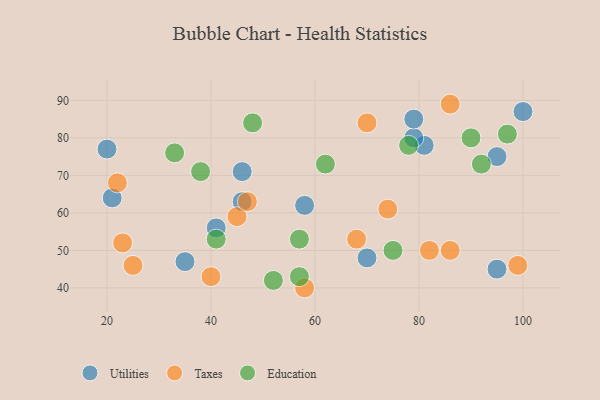
{"axis": {"x": "GDP", "y": "Life Expectancy"}, "legend": ["Education", "Taxes", "Utilities"], "data": [{"x": "58", "y": 62, "type": "Utilities"}, {"x": "20", "y": 77, "type": "Utilities"}, {"x": "95", "y": 45, "type": "Utilities"}, {"x": "46", "y": 71, "type": "Utilities"}, {"x": "46", "y": 63, "type": "Utilities"}, {"x": "70", "y": 48, "type": "Utilities"}, {"x": "41", "y": 56, "type": "Utilities"}, {"x": "21", "y": 64, "type": "Utilities"}, {"x": "81", "y": 78, "type": "Utilities"}, {"x": "79", "y": 80, "type": "Utilities"}, {"x": "95", "y": 75, "type": "Utilities"}, {"x": "35", "y": 47, "type": "Utilities"}, {"x": "79", "y": 85, "type": "Utilities"}, {"x": "100", "y": 87, "type": "Utilities"}, {"x": "86", "y": 50, "type": "Taxes"}, {"x": "70", "y": 84, "type": "Taxes"}, {"x": "82", "y": 50, "type": "Taxes"}, {"x": "58", "y": 40, "type": "Taxes"}, {"x": "45", "y": 59, "type": "Taxes"}, {"x": "40", "y": 43, "type": "Taxes"}, {"x": "22", "y": 68, "type": "Taxes"}, {"x": "68", "y": 53, "type": "Taxes"}, {"x": "25", "y": 46, "type": "Taxes"}, {"x": "23", "y": 52, "type": "Taxes"}, {"x": "47", "y": 63, "type": "Taxes"}, {"x": "74", "y": 61, "type": "Taxes"}, {"x": "86", "y": 89, "type": "Taxes"}, {"x": "99", "y": 46, "type": "Taxes"}, {"x": "97", "y": 81, "type": "Education"}, {"x": "33", "y": 76, "type": "Education"}, {"x": "38", "y": 71, "type": "Education"}, {"x": "52", "y": 42, "type": "Education"}, {"x": "57", "y": 53, "type": "Education"}, {"x": "62", "y": 73, "type": "Education"}, {"x": "41", "y": 53, "type": "Education"}, {"x": "78", "y": 78, "type": "Education"}, {"x": "57", "y": 43, "type": "Education"}, {"x": "90", "y": 80, "type": "Education"}, {"x": "92", "y": 73, "type": "Education"}, {"x": "48", "y": 84, "type": "Education"}, {"x": "75", "y": 50, "type": "Education"}]}